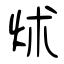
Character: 炢